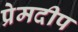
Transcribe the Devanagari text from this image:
प्रेमदीप